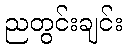
ညတွင်းချင်း